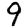
Digit: 9